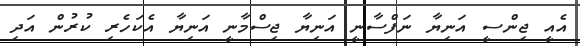
އެއީ ޖިންސީ އަނިޔާ ނަފްސާނީ އަނިޔާ ޖިސްމާނީ އަނިޔާ އެކަހެރި ކުރުން އަދި